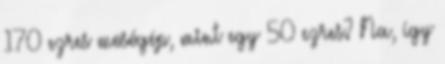
170 ezres mosógép, mint egy 50 ezres? Na, így